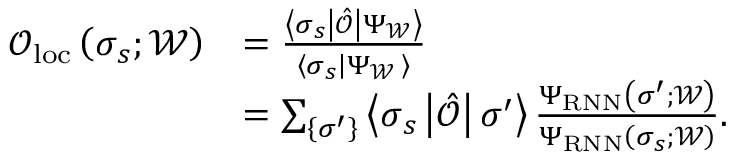
\begin{array} { r l } { \mathcal { O } _ { \mathrm { l o c } } \left( \boldsymbol { \sigma } _ { s } ; \mathcal { W } \right) } & { = \frac { \left\langle \boldsymbol { \sigma } _ { s } \left| \hat { \mathcal { O } } \right| \Psi _ { \mathcal { W } } \right\rangle } { \left\langle \boldsymbol { \sigma } _ { s } \left| \Psi _ { \mathcal { W } } \right. \right\rangle } } \\ & { = \sum _ { \left\{ \boldsymbol { \sigma } ^ { \prime } \right\} } \left\langle \boldsymbol { \sigma } _ { s } \left| \hat { \mathcal { O } } \right| \boldsymbol { \sigma } ^ { \prime } \right\rangle \frac { \Psi _ { \mathrm { R N N } } \left( \boldsymbol { \sigma } ^ { \prime } ; \mathcal { W } \right) } { \Psi _ { \mathrm { R N N } } \left( \boldsymbol { \sigma } _ { s } ; \mathcal { W } \right) } . } \end{array}